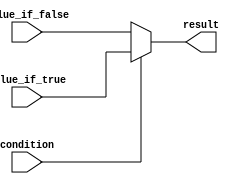
module conditional_assignment (
    input wire condition,     // Condition signal to determine assignment
    input wire value_if_true, // Value to assign if condition is true
    input wire value_if_false, // Value to assign if condition is false
    output wire result        // Output signal holding the result
);

    // Conditional assignment using the ternary operator
    assign result = condition ? value_if_true : value_if_false;

endmodule